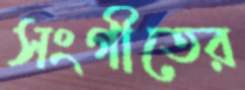
সংগীতের